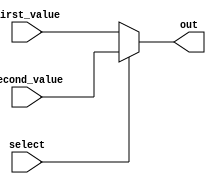
module multiplexer(first_value, second_value, select, out);
/*
0 -> first_value
1 -> second_value
*/
parameter SIZE = 32;
input[SIZE - 1 : 0] first_value;
input[SIZE - 1 : 0] second_value;
input select;
output reg[SIZE - 1 : 0] out;

always @* begin
    if(select == 0)
        out = first_value;
    else
        out = second_value;
end

endmodule